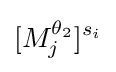
[M_{j}^{\theta _{2}}]^{s_{i}}